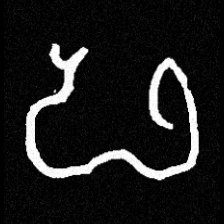
Pyu character \u2014 Myanmar letter: ဖ (romanized: pha)